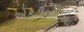
એફટીઆઇઆઇ